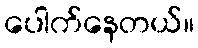
ပေါက်နေတယ်။